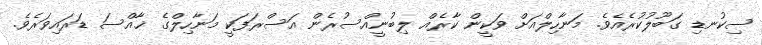
ސިކުނޑި ގަބޫލުކުރެއެވެ. މަނާހިލްއަށް ވަކީން ކާރެއް ލިބުނީއްސުރެން އަސްރަފަކީ މަނާހިލްގެ ޚާއްސަ ޑަރައިވަރެވެ.